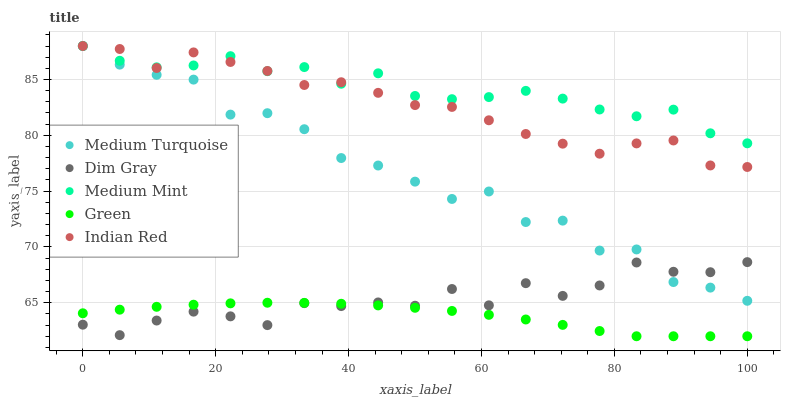
| xaxis_label | Medium Turquoise | Dim Gray | Medium Mint | Green | Indian Red |
 | --- | --- | --- | --- | --- | --- |
 | 0 | 88 | 63 | 88 | 64.1 | 88 |
 | 5.56 | 86.3 | 62.1 | 86.7 | 64.4 | 87.7 |
 | 11.1 | 85.4 | 63.4 | 86.1 | 64.6 | 86 |
 | 16.7 | 85 | 64.2 | 86.3 | 64.8 | 87.4 |
 | 22.2 | 81.9 | 63.8 | 87.1 | 64.9 | 86.6 |
 | 27.8 | 82 | 63 | 85.7 | 65 | 85.8 |
 | 33.3 | 80.5 | 65 | 86.1 | 65 | 84.5 |
 | 38.9 | 78 | 64.7 | 84.6 | 64.9 | 84.8 |
 | 44.4 | 77.3 | 65 | 85.6 | 64.8 | 83.8 |
 | 50 | 75.9 | 64.7 | 83.5 | 64.5 | 82.7 |
 | 55.6 | 74.3 | 66.2 | 83.2 | 64.3 | 82.5 |
 | 61.1 | 75 | 64.8 | 83.4 | 63.9 | 81.3 |
 | 66.7 | 72.2 | 66.8 | 84 | 63.5 | 80.1 |
 | 72.2 | 72.4 | 65.6 | 83.3 | 63 | 79.3 |
 | 77.8 | 69.7 | 66.5 | 82.3 | 62.5 | 78.4 |
 | 83.3 | 69.8 | 68.6 | 81.7 | 62 | 79.3 |
 | 88.9 | 66.9 | 67.8 | 82.3 | 62 | 79.5 |
 | 94.4 | 66.4 | 67.7 | 80.2 | 62 | 77.3 |
 | 100 | 65.2 | 68.6 | 79.3 | 62 | 77.2 |